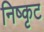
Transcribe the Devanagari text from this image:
निष्कृट